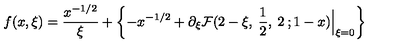
f ( x , \xi ) = \frac { x ^ { - 1 / 2 } } { \xi } + \left\{ - x ^ { - 1 / 2 } + \partial _ { \xi } { \cal F } ( 2 - \xi , \: \frac { 1 } { 2 } , \: 2 \: ; 1 - x ) \Big | _ { \xi = 0 } \right\}